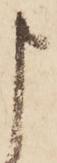
申